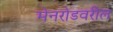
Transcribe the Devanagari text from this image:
मेनरोडवरील